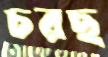
চরছ